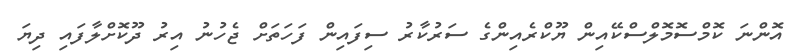
އޮންނަ ކޮމްސޮމޮލްސްކޭއިން ޔޫކްރެއިންގެ ސަރުކާރު ސިފައިން ފަހަތަށް ޖެހުނު އިރު ދޫކޮށްލާފައި ދިޔަ